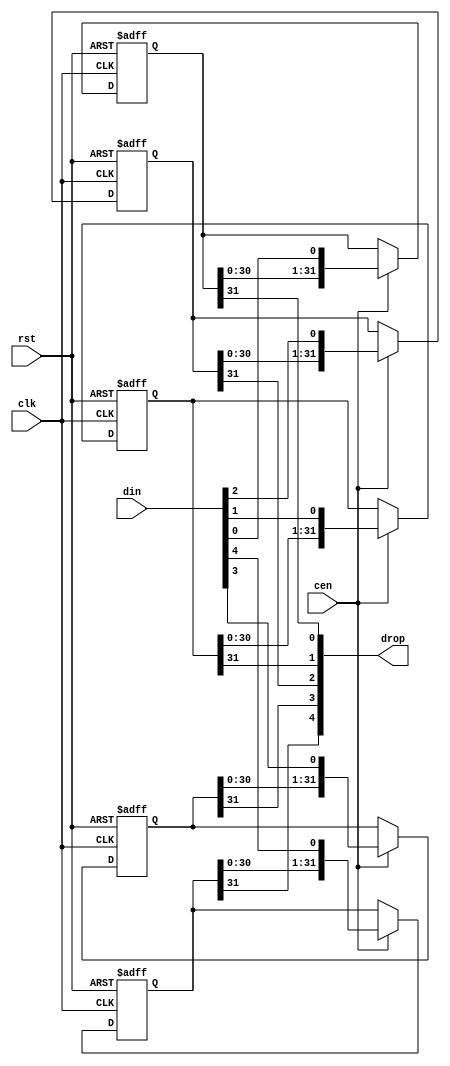
module jt51_sh #(parameter width=5, stages=32, rstval=1'b0 ) (
    input                           rst,
    input                           clk,
    input                           cen,
    input       [width-1:0]         din,
    output      [width-1:0]         drop
);

reg [stages-1:0] bits[width-1:0];

genvar i;
generate
    for (i=0; i < width; i=i+1) begin: bit_shifter
        always @(posedge clk, posedge rst) begin
            if(rst)
                bits[i] <= {stages{rstval}};
            else if(cen)
                bits[i] <= {bits[i][stages-2:0], din[i]};
        end
        assign drop[i] = bits[i][stages-1];
    end
endgenerate

endmodule